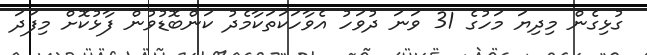
ގުޅިގެން މިދިޔަ މަހުގެ 31 ވަނަ ދުވަހު އެވާހަކަތަކާމެދު ކަންބޮޑުވުން ފާޅުކޮށް މިފަދަ